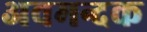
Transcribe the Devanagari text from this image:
अवमन्दक